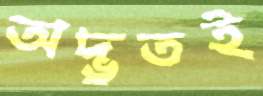
অদ্ভুতই